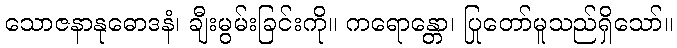
သောဇနာနုဓောဒနံ၊ ချီးမွမ်းခြင်းကို။ ကရောန္တော၊ ပြုတော်မူသည်ရှိသော်။